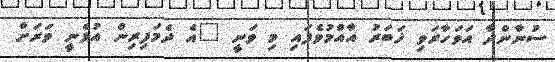
ސުނާންދާ އަވަހާރަވި ޚަބަރު އާއްމުވެފައި މި ވަނީ "އެ ދެމަފިރިން އުޅެނީ ވަރަށް